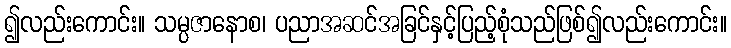
၍လည်းကောင်း။ သမ္ပဇာနောစ၊ ပညာအဆင်အခြင်နှင့်ပြည့်စုံသည်ဖြစ်၍လည်းကောင်း။